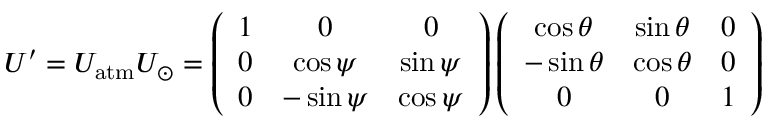
U ^ { \prime } = U _ { \mathrm { a t m } } U _ { \odot } = \left( \begin{array} { c c c } { { 1 } } & { { 0 } } & { { 0 } } \\ { { 0 } } & { { \cos \psi } } & { { \sin \psi } } \\ { { 0 } } & { { - \sin \psi } } & { { \cos \psi } } \end{array} \right) \left( \begin{array} { c c c } { { \cos \theta } } & { { \sin \theta } } & { { 0 } } \\ { { - \sin \theta } } & { { \cos \theta } } & { { 0 } } \\ { { 0 } } & { { 0 } } & { { 1 } } \end{array} \right)